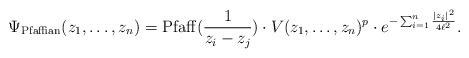
LaTeX: \begin{align*}\Psi_{\rm Pfaffian}(z_1,\ldots,z_n) = {\rm Pfaff}(\frac{1}{z_i-z_j})\cdot V(z_1,\ldots,z_n)^p \cdot e^{-\sum_{i=1}^n \frac{|z_i|^2}{4\ell^2}}.\end{align*}